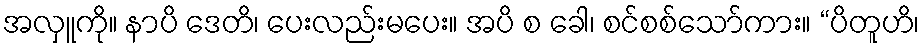
အလှူကို။ နာပိ ဒေတိ၊ ပေးလည်းမပေး။ အပိ စ ခေါ၊ စင်စစ်သော်ကား။ “ပိတူဟိ၊